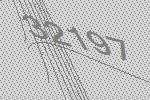
32197